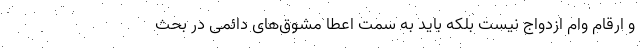
و ارقام وام ازدواج نیست بلکه باید به سمت اعطا مشوق‌های دائمی در بحث